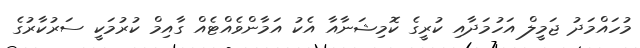
މުހައްމަދު ޖަމީލް އަހުމަދާއި ކުރީގެ ކޮމިޝަނާއާ އެކު އަމާންވެއްޓެއް ގާއިމް ކުރުމަކީ ސަރުކާރުގެ